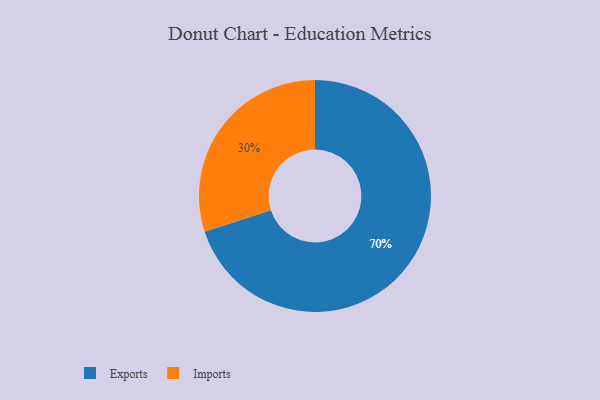
{"axis": {"x": "Category", "y": "Percentage"}, "legend": ["Exports", "Imports"], "data": [{"x": "Imports", "y": 30, "type": "Imports"}, {"x": "Exports", "y": 70, "type": "Exports"}]}